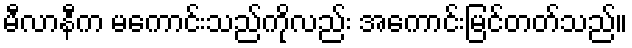
မီလာနီက မကောင်းသည်ကိုလည်း အကောင်းမြင်တတ်သည်။